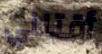
أقتلني